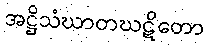
အဋ္ဌိသံဃာတဃဋိတော